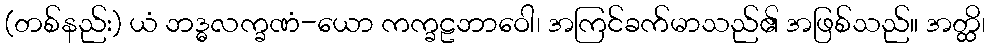
(တစ်နည်း) ယံ ဘဒ္ဓလက္ခဏံ-ယော ကက္ခဠဘာဝေါ၊ အကြင်ခက်မာသည်၏ အဖြစ်သည်။ အတ္ထိ၊